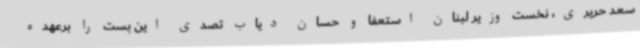
سعد حریری، نخست وزیر لبنان استعفا و حسان دیاب تصدی این پست را برعهده